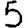
Digit: 5